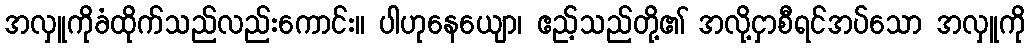
အလှူကိုခံထိုက်သည်လည်းကောင်း။ ပါဟုနေယျော၊ ဧည့်သည်တို့၏ အလို့ငှာစီရင်အပ်သော အလှူကို